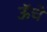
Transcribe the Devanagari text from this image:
ऊॅचे